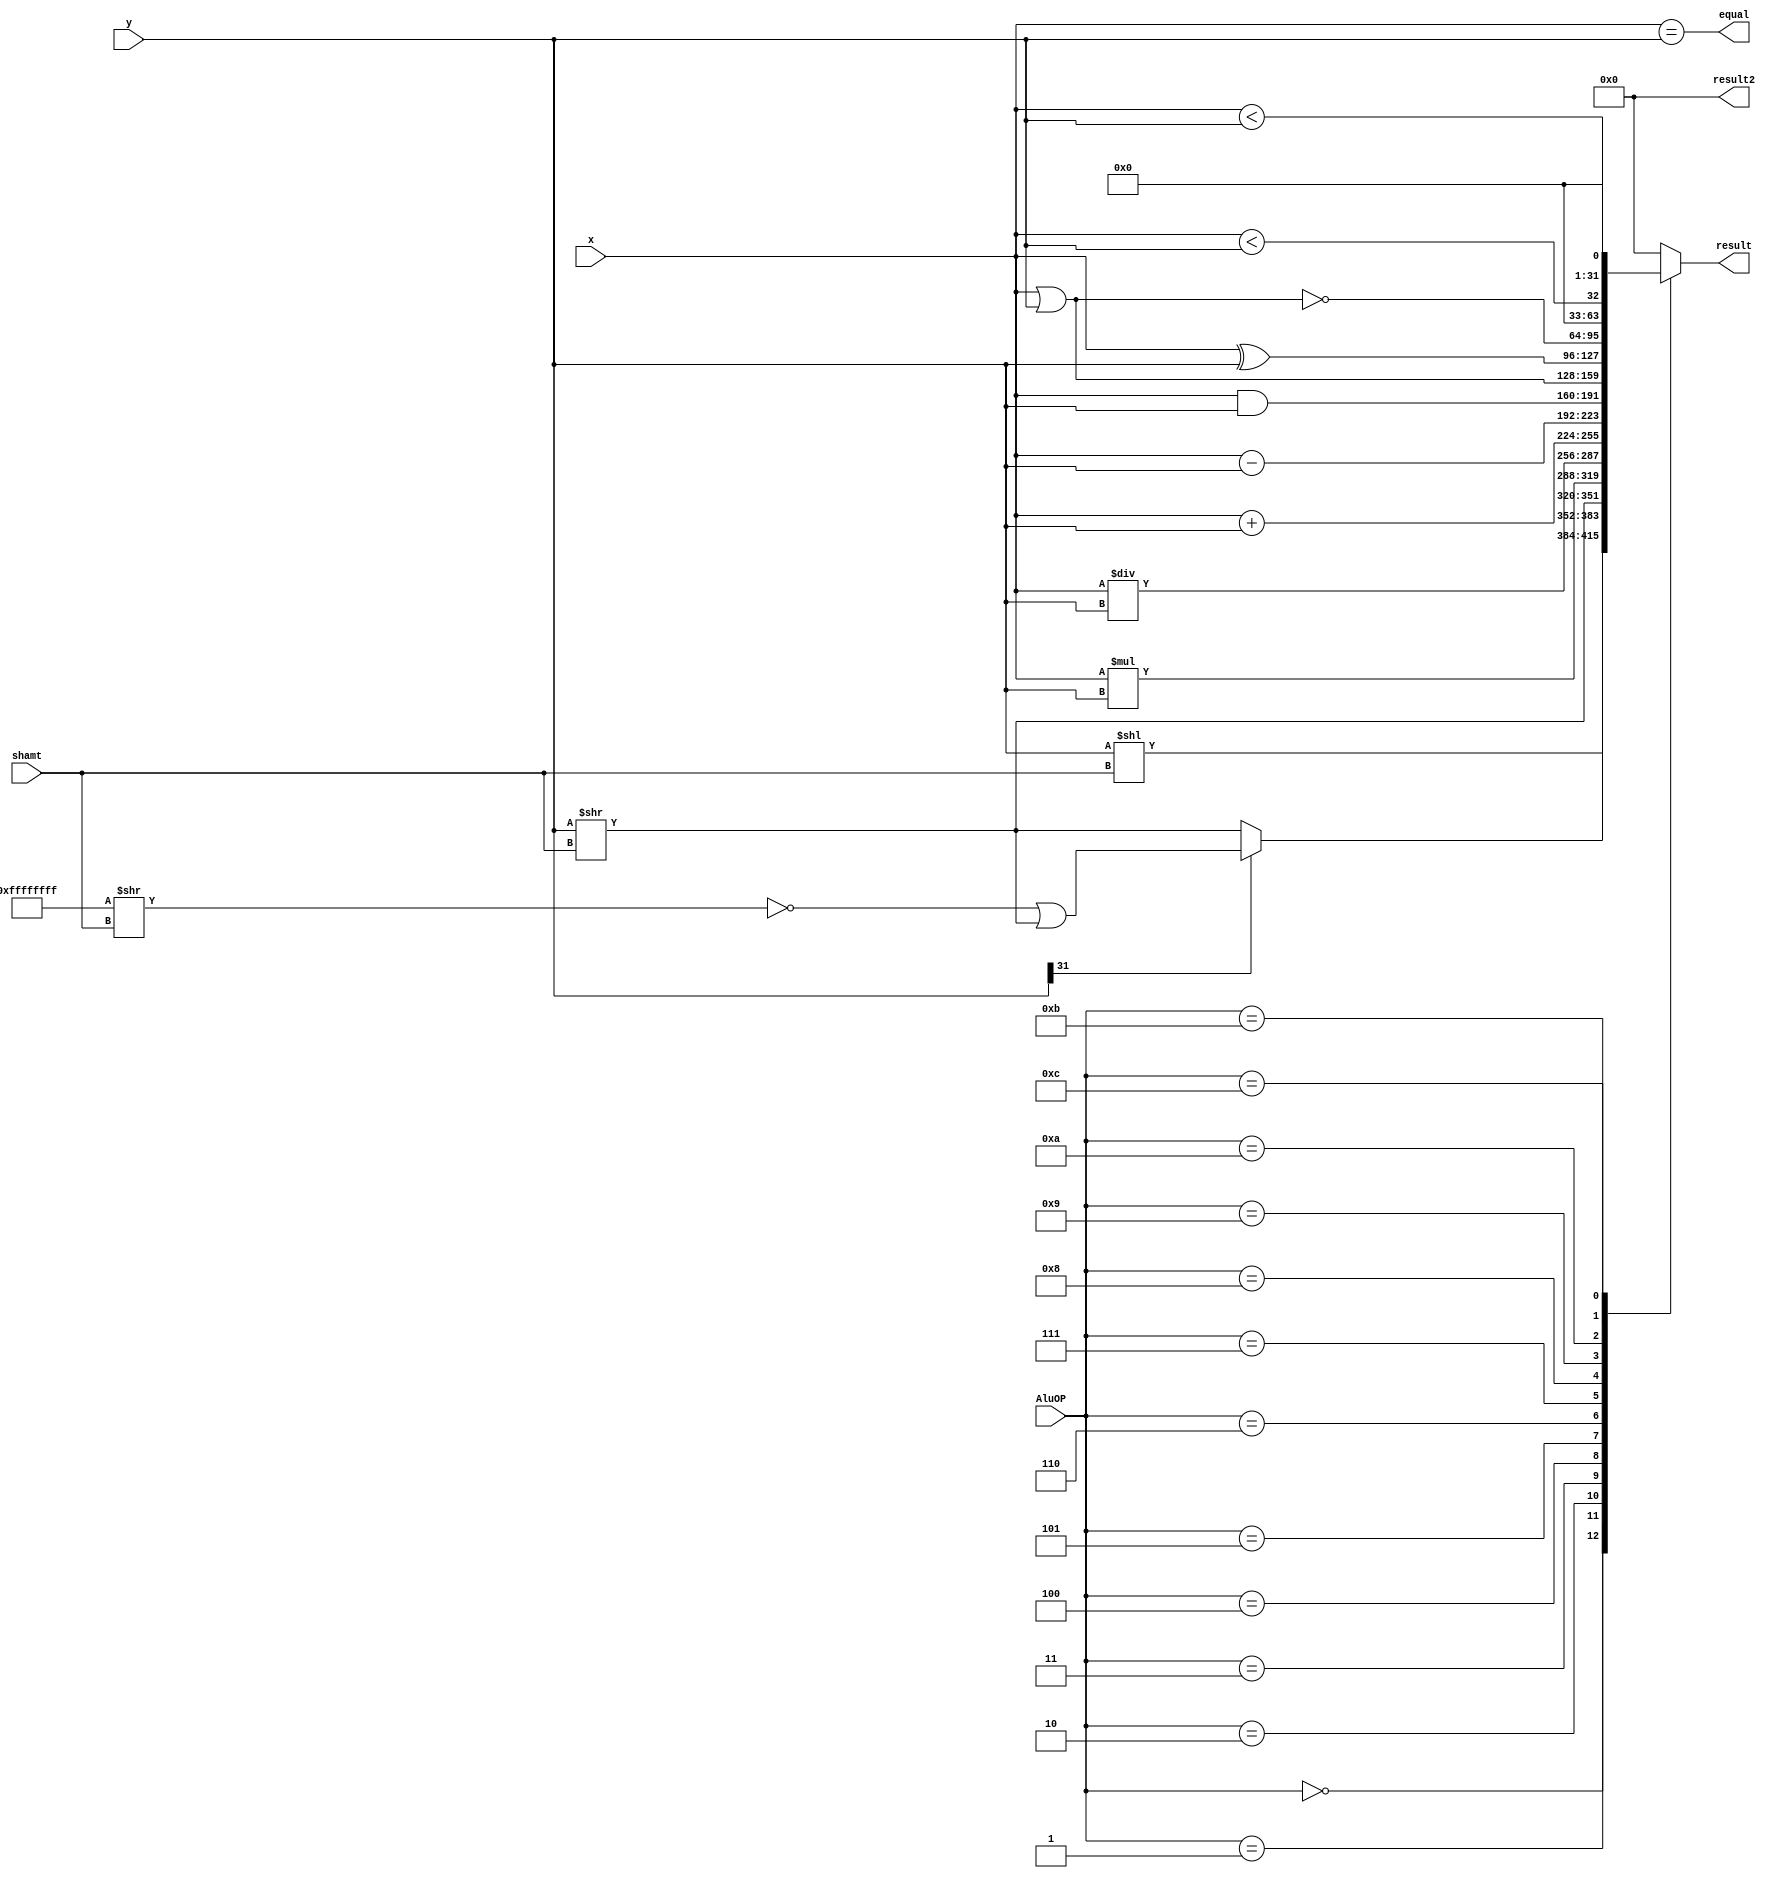
`timescale 1ns / 1ps
//////////////////////////////////////////////////////////////////////////////////
//
// 
// Design Name: 
// Module Name: Alu
// Project Name: MIPS CPU
// Target Devices: Nexys 4 DDR
// 
//////////////////////////////////////////////////////////////////////////////////


module Alu(
        input [31:0] x,
        input [31:0] y,
        input [4:0] shamt,
        input [3:0] AluOP,
        output reg [31:0] result,
        output reg [31:0] result2,
        output wire equal
    );

    initial begin
        result = 0;
        result2 = 0;
    end

    always @(x, y, AluOP) begin
        case (AluOP)
            4'd0: result = y << shamt;
            4'd1: result = y[31] ? ((~(32'hffff_ffff >> shamt)) | (y >> shamt)) : (y >> shamt);
            4'd2: result = y >> shamt;
            4'd3: result = x * y;
            4'd4: result = x / y;
            4'd5: result = x + y;
            4'd6: result = x - y;
            4'd7: result = x & y;
            4'd8: result = x | y;
            4'd9: result = x ^ y;
            4'd10: result = ~(x | y);
            4'd11: result = {31'd0, ($signed(x) < $signed(y))};
            4'd12: result = {31'd0, (x < y)};
            default: result = 0;
        endcase
    end

    assign equal = (x == y);

endmodule